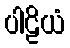
ပါဠိယံ